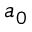
a _ { 0 }